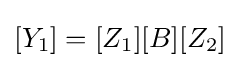
[Y_{1}]=[Z_{1}][B][Z_{2}]